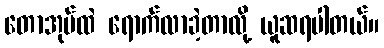
တောအုပ်ထဲ ရောက်လာခဲ့တာလို့ ယူဆရပါတယ်။